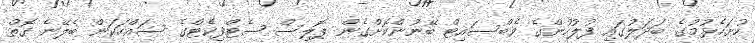
ހުށަހެޅުމުގެ ބަދަލުގައި ފުލުހުންގެ ވެބްސައިޓް ބޭނުންކޮށްގެން ޕޮލިސް ސެޓްފިކެޓްގެ ސައްހަކަން ބެލޭނެ ގޮތް